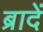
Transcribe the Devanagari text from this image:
ब्रादें